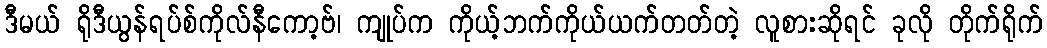
ဒီမယ် ရိုဒီယွန်ရပ်စ်ကိုလ်နီကော့ဗ်၊ ကျုပ်က ကိုယ့်ဘက်ကိုယ်ယက်တတ်တဲ့ လူစားဆိုရင် ခုလို တိုက်ရိုက်